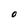
Character: O